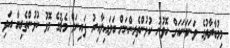
މިމުބާރާތުގެ ވަނަވަނައަށް ހޮވުނު ކުޅުންތެރިންނަށް ބަލައިލާއިރު ފައިނަލް މެޗުގެ މޮޅު ކުޅުންތެރިޔާ އަދި